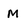
Character: M